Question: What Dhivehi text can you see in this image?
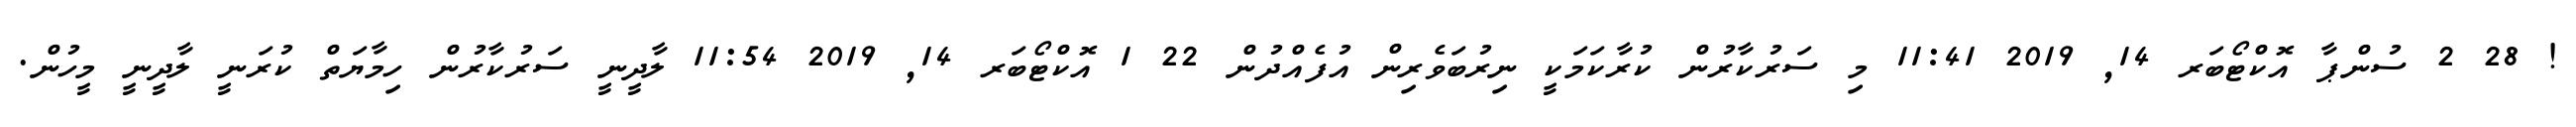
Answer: ! 28 2 ސުންޕާ އޮކްޓޯބަރ 14, 2019 11:41 މި ސަރުކާރުން ކުރާކަމަކީ ނިރުބަވެރިން އުފެއްދުން 22 1 އޮކްޓޯބަރ 14, 2019 11:54 ލާދީނީ ސަރުކާރުން ހިމާޔަތް ކުރަނީ ލާދީނީ މީހުން.